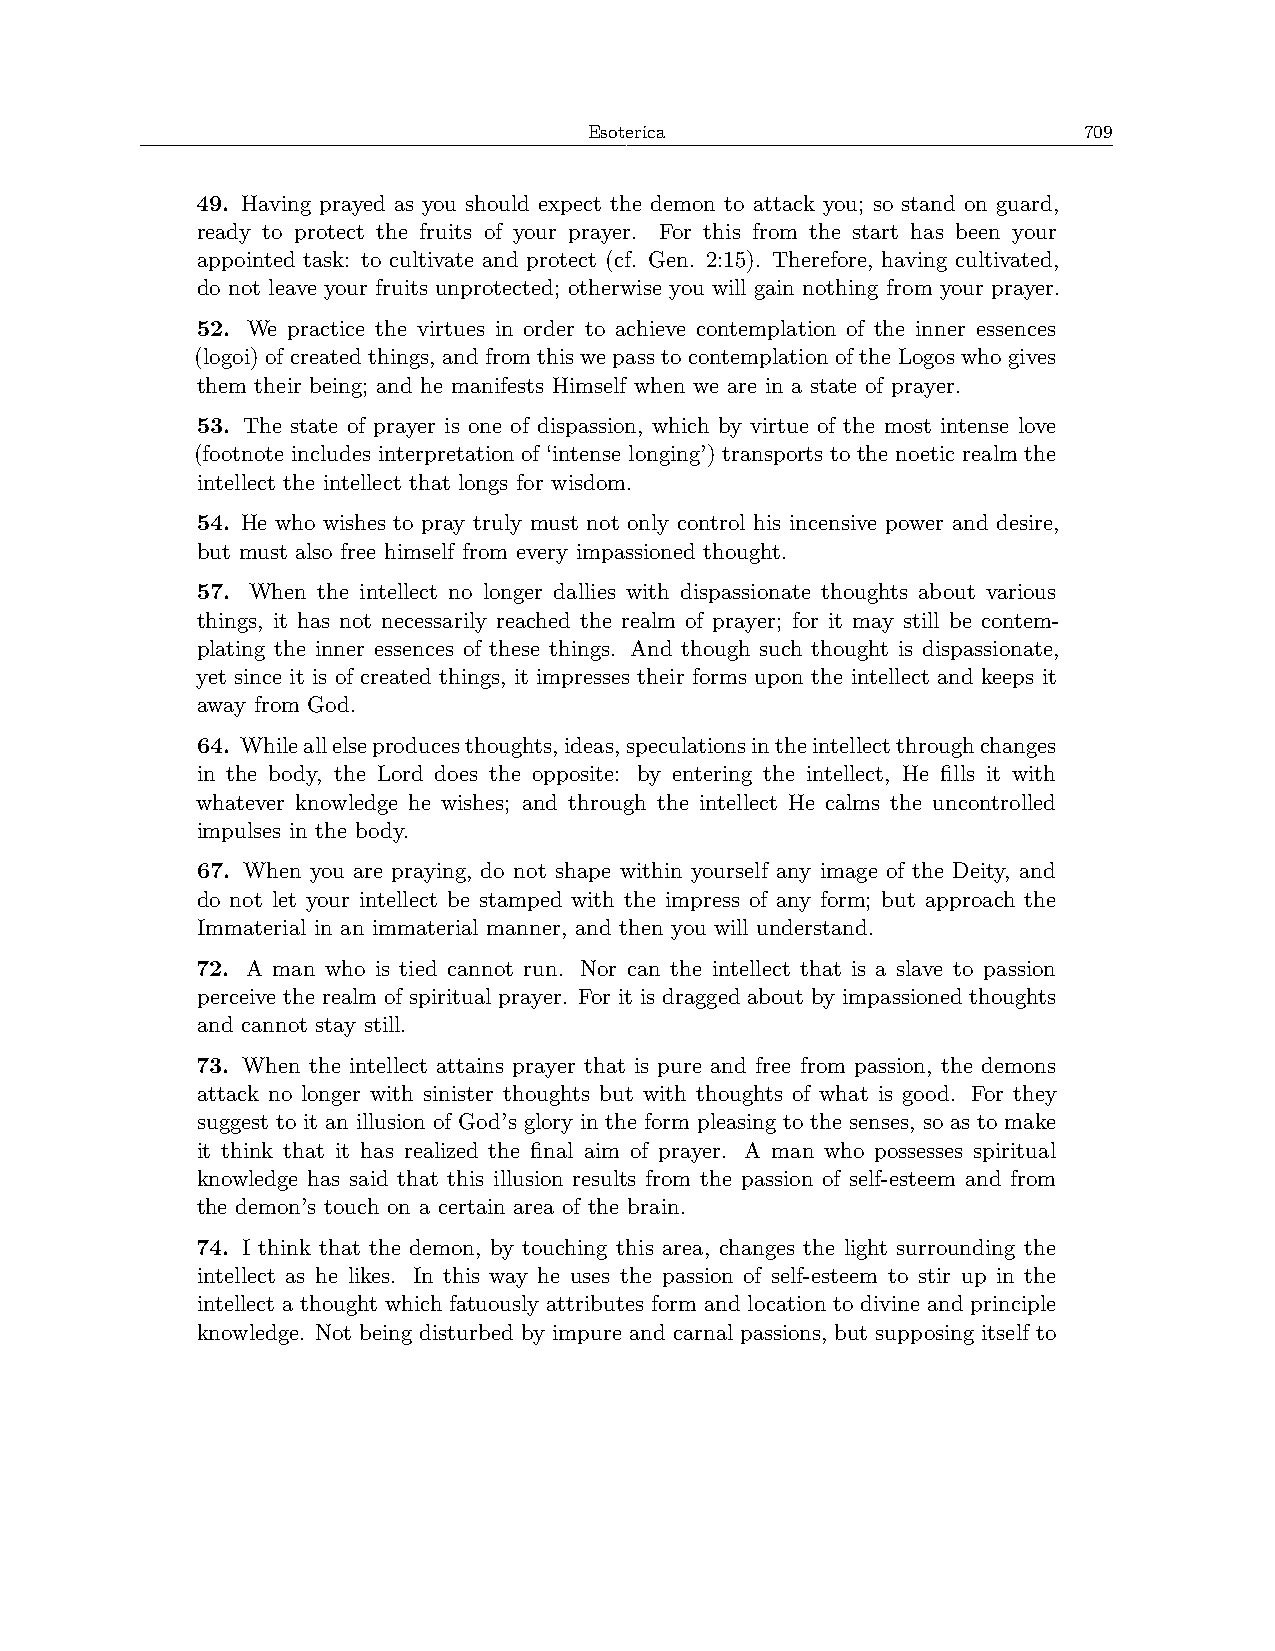
Esoterica                        709
 49. Having prayed as you should expect the demon to attack you; so stand on guard,
 ready to protect the fruits of your prayer. For this from the start has been your
 appointed task: to cultivate and protect (cf. Gen. 2:15). Therefore, having cultivated,
 do not leave your fruits unprotected; otherwise you will gain nothing from your prayer.
 52. We practice the virtues in order to achieve contemplation of the inner essences
 (logoi) of created things, and from this we pass to contemplation of the Logos who gives
 them their being; and he manifests Himself when we are in a state of prayer.
 53. The state of prayer is one of dispassion, which by virtue of the most intense love
 (footnote includes interpretation of ‘intense longing’) transports to the noetic realm the
 intellect the intellect that longs for wisdom.
 54. He who wishes to pray truly must not only control his incensive power and desire,
 but must also free himself from every impassioned thought.
 57. When the intellect no longer dallies with dispassionate thoughts about various
 things, it has not necessarily reached the realm of prayer; for it may still be contem-
 plating the inner essences of these things. And though such thought is dispassionate,
 yet since it is of created things, it impresses their forms upon the intellect and keeps it
 away from God.
 64. Whileallelseproducesthoughts,ideas,speculationsintheintellectthroughchanges
 in the body, the Lord does the opposite: by entering the intellect, He fills it with
 whatever knowledge he wishes; and through the intellect He calms the uncontrolled
 impulses in the body.
 67. When you are praying, do not shape within yourself any image of the Deity, and
 do not let your intellect be stamped with the impress of any form; but approach the
 Immaterial in an immaterial manner, and then you will understand.
 72. A man who is tied cannot run. Nor can the intellect that is a slave to passion
 perceive the realm of spiritual prayer. For it is dragged about by impassioned thoughts
 and cannot stay still.
 73. When the intellect attains prayer that is pure and free from passion, the demons
 attack no longer with sinister thoughts but with thoughts of what is good. For they
 suggest to it an illusion of God’s glory in the form pleasing to the senses, so as to make
 it think that it has realized the final aim of prayer. A man who possesses spiritual
 knowledge has said that this illusion results from the passion of self-esteem and from
 the demon’s touch on a certain area of the brain.
 74. I think that the demon, by touching this area, changes the light surrounding the
 intellect as he likes. In this way he uses the passion of self-esteem to stir up in the
 intellect a thought which fatuously attributes form and location to divine and principle
 knowledge. Not being disturbed by impure and carnal passions, but supposing itself to